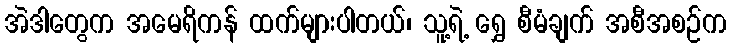
အဲဒါတွေက အမေရိကန် ထက်များပါတယ်၊ သူ့ရဲ့ ရွှေ စီမံချက် အစီအစဉ်က